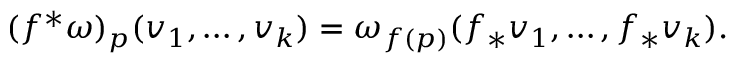
( f ^ { * } \omega ) _ { p } ( v _ { 1 } , \ldots , v _ { k } ) = \omega _ { f ( p ) } ( f _ { * } v _ { 1 } , \ldots , f _ { * } v _ { k } ) .